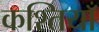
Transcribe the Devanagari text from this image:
कश्तियाँ